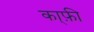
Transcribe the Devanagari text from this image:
का्फ़ी